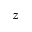
z